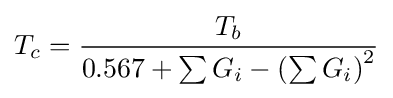
T_{c}={\frac {T_{b}}{0.567+\sum G_{i}-\left(\sum G_{i}\right)^{2}}}